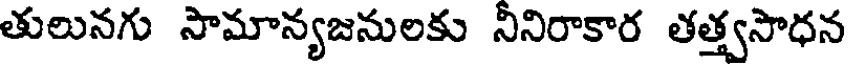
తులునగు సామాన్యజనులకు నినిరాకార తత్త్వసాధన